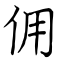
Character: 佣